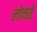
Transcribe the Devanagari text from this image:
लोचते